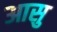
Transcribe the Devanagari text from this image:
आसु